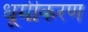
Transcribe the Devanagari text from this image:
धूमीकरण